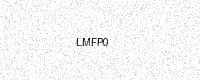
Text: LMFP0